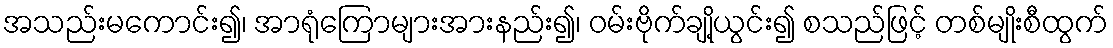
အသည်းမကောင်း၍၊ အာရုံကြောများအားနည်း၍၊ ဝမ်းဗိုက်ချို့ယွင်း၍ စသည်ဖြင့် တစ်မျိုးစီထွက်